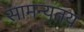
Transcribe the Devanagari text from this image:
सामन्यतय